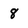
Character: 8